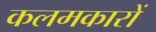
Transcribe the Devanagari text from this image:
कलमकारों